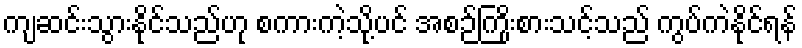
ကျဆင်းသွားနိုင်သည်ဟု စကားကဲ့သို့ပင် အစဉ်ကြိုးစားသင့်သည် ကွပ်ကဲနိုင်ရန်